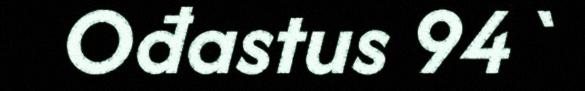
Ođastus 94`